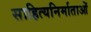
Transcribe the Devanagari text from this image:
साहित्यनिर्माताओं